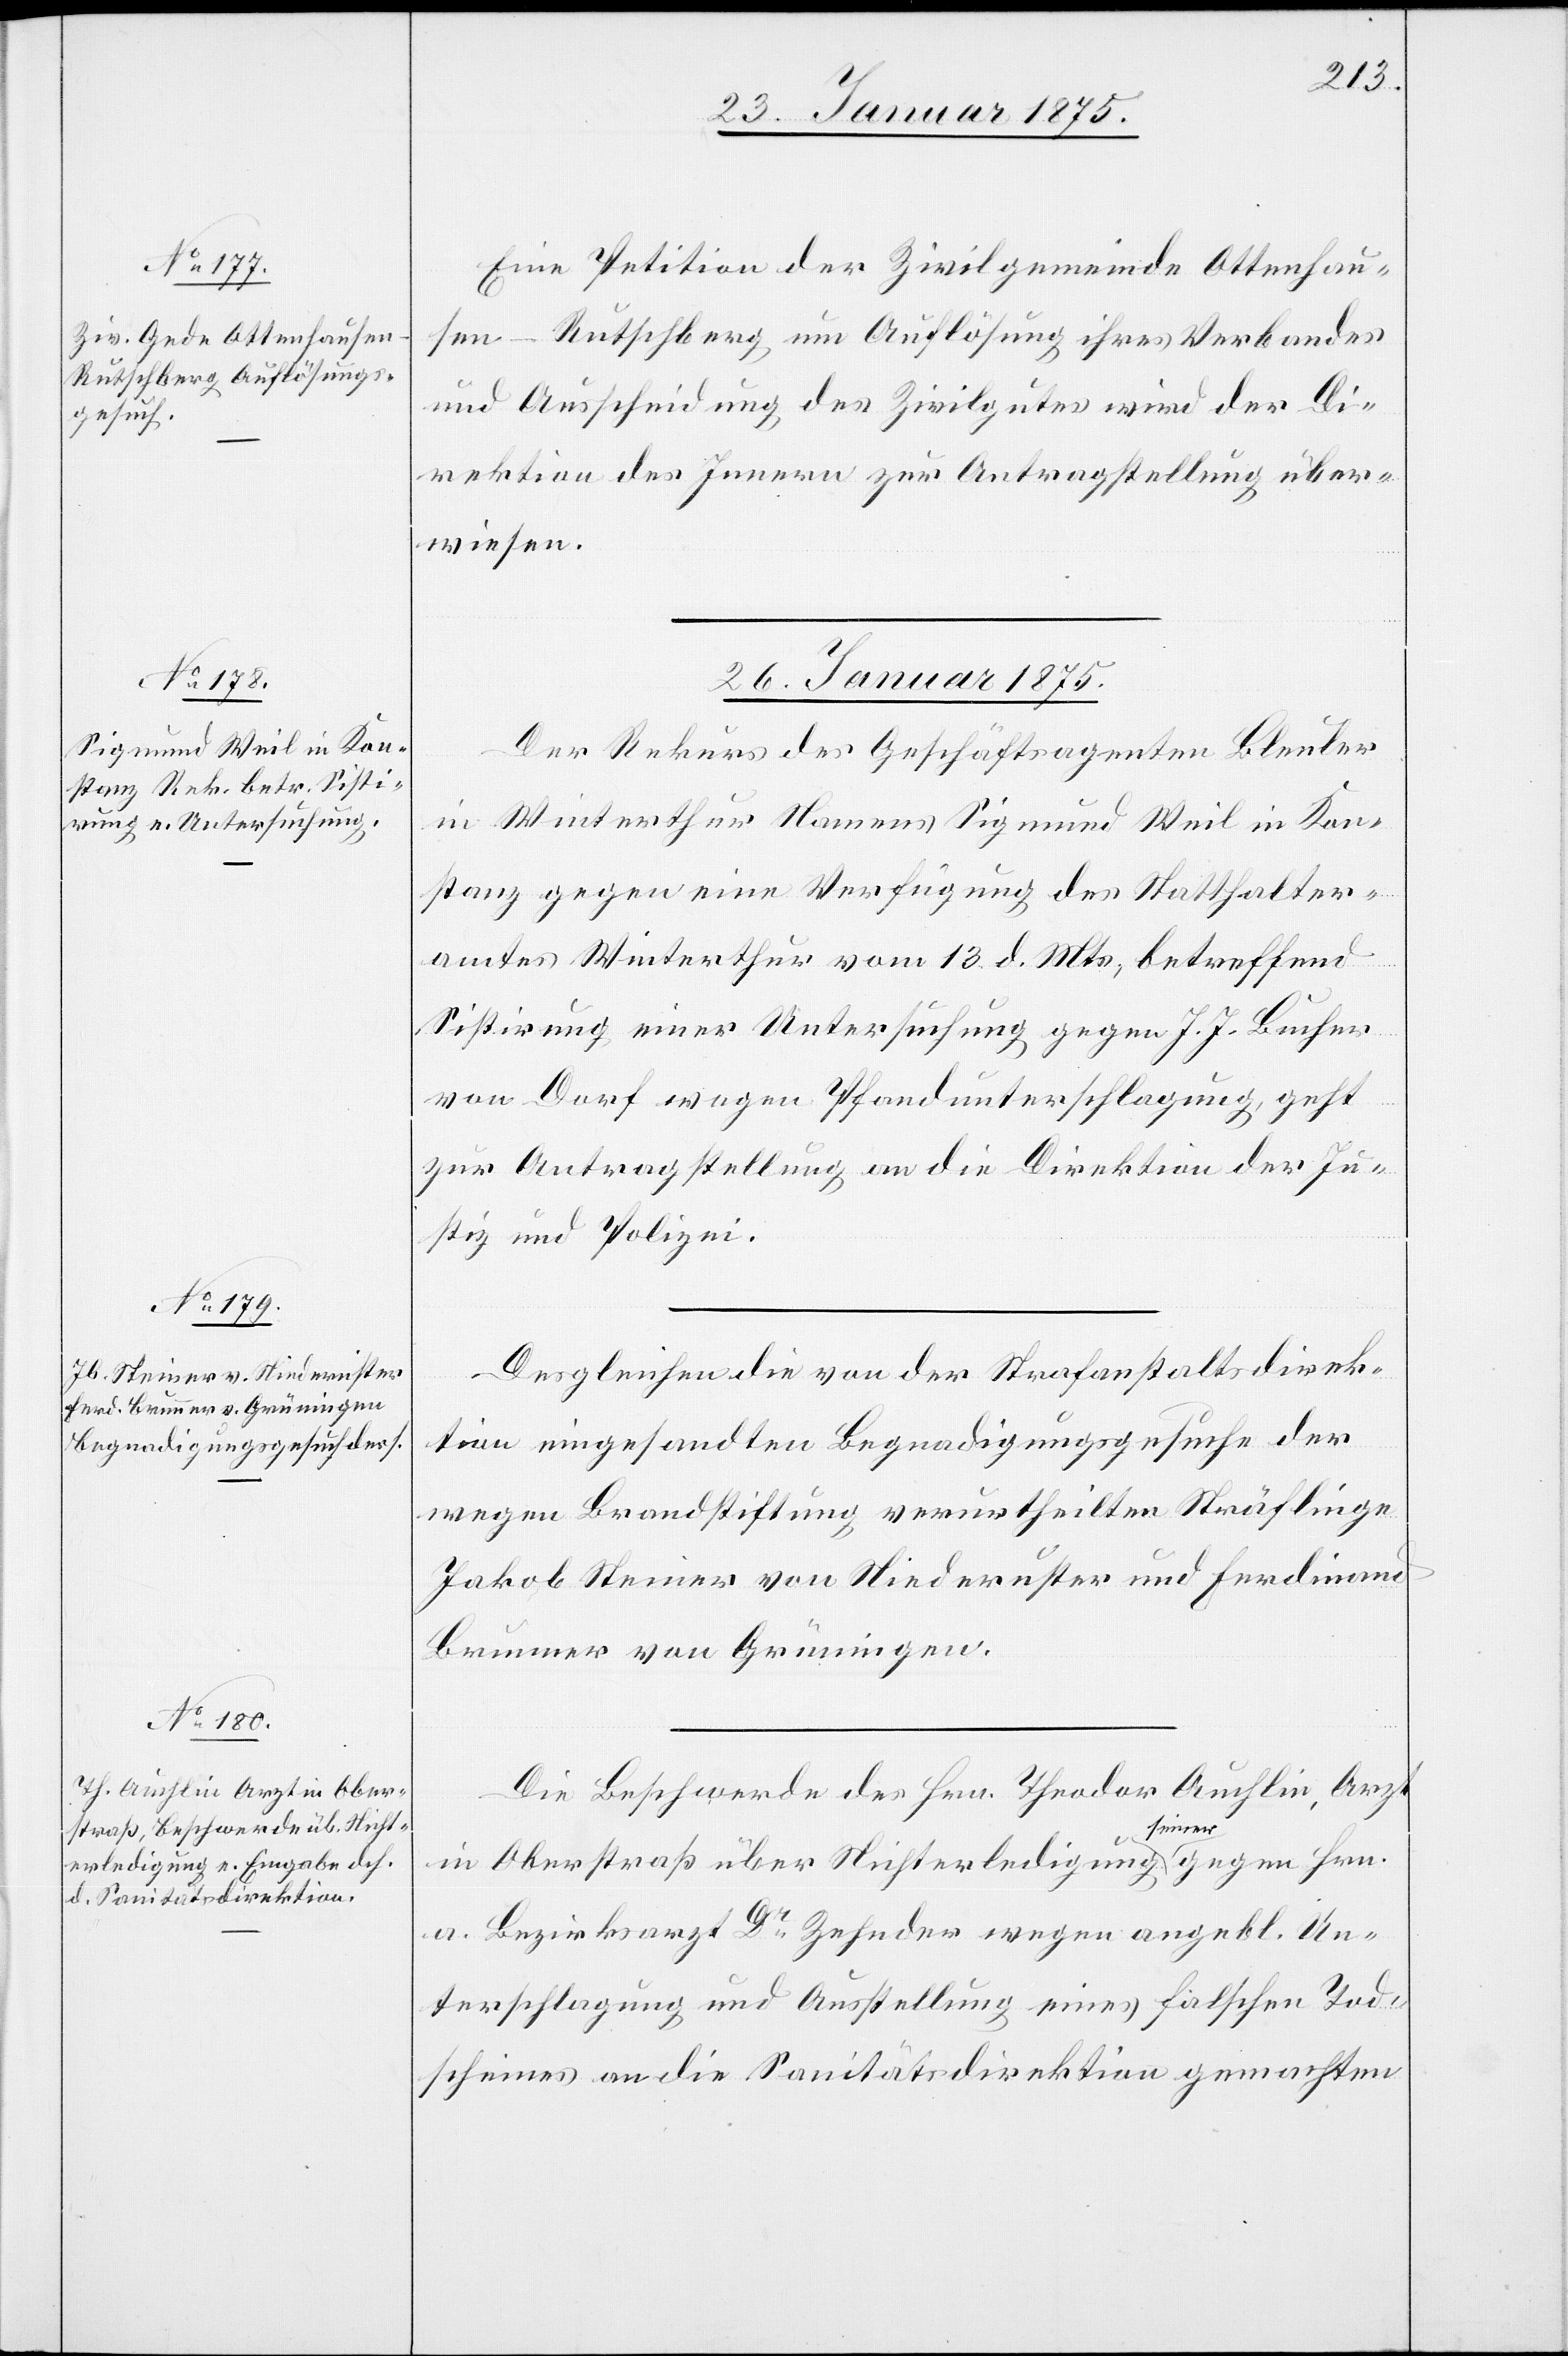
25. Januar 1875.]
Eine Petition der Zivilgemeinde Ottenhau¬
sen-Rutschberg um Auflösung ihres Verbandes
und Ausscheidung des Zivilgutes wird der Di¬
rektion des Innern zur Antragstellung über¬
wiesen.
26. Januar 1875.]
Der Rekurs des Geschäftsagenten Bleuler
in Winterthur Namens Sigmund Weil in Kon¬
stanz gegen eine Verfügung des Statthalter¬
amtes Winterthur vom 13. d. Mts., betreffend
Sistirung einer Untersuchung gegen J. J. Bucher
von Dorf wegen Pfandunterschlagung, geht
zur Antragstellung an die Direktion der Ju¬
stiz und Polizei.
Desgleichen die von der Strafanstaltsdirek¬
tion eingesandten Begnadigungsgesuche der
wegen Brandstiftung verurtheilten Sträflinge
Jakob Steiner von Niederuster und Ferdinand
Brunner von Grüningen.
Die Beschwerde des Hrn. Theodor Auchlin, Arzt
in Oberstraß über Nichterledigung a-seiner-a
a. Bezirksarzt Dr Zehnder wegen angebl. Un¬
terschlagung und Ausstellung eines falschen Tod¬
scheines an die Sanitätsdirektion gemachten